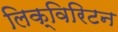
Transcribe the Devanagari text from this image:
लिक्विरिटन